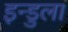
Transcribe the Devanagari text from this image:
इन्डुला